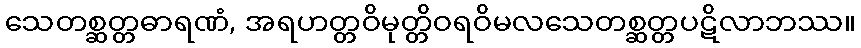
သေတစ္ဆတ္တဓာရဏံ, အရဟတ္တဝိမုတ္တိဝရဝိမလသေတစ္ဆတ္တပဋိလာဘဿ။